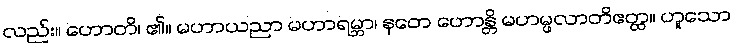
လည်း။ ဟောတိ၊ ၏။ မဟာယညာ မဟာရမ္ဘာ၊ နတေ ဟောန္တိ မဟမ္ဖလာတိဧတ္ထ။ ဟူသော